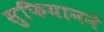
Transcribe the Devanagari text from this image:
सुफियानने